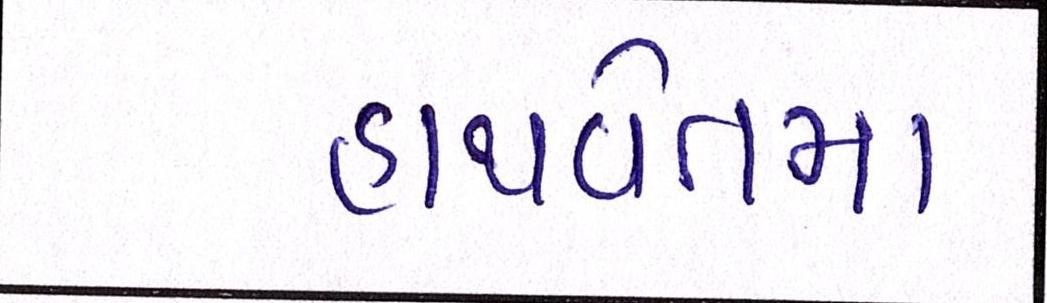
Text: હાથવેતમા